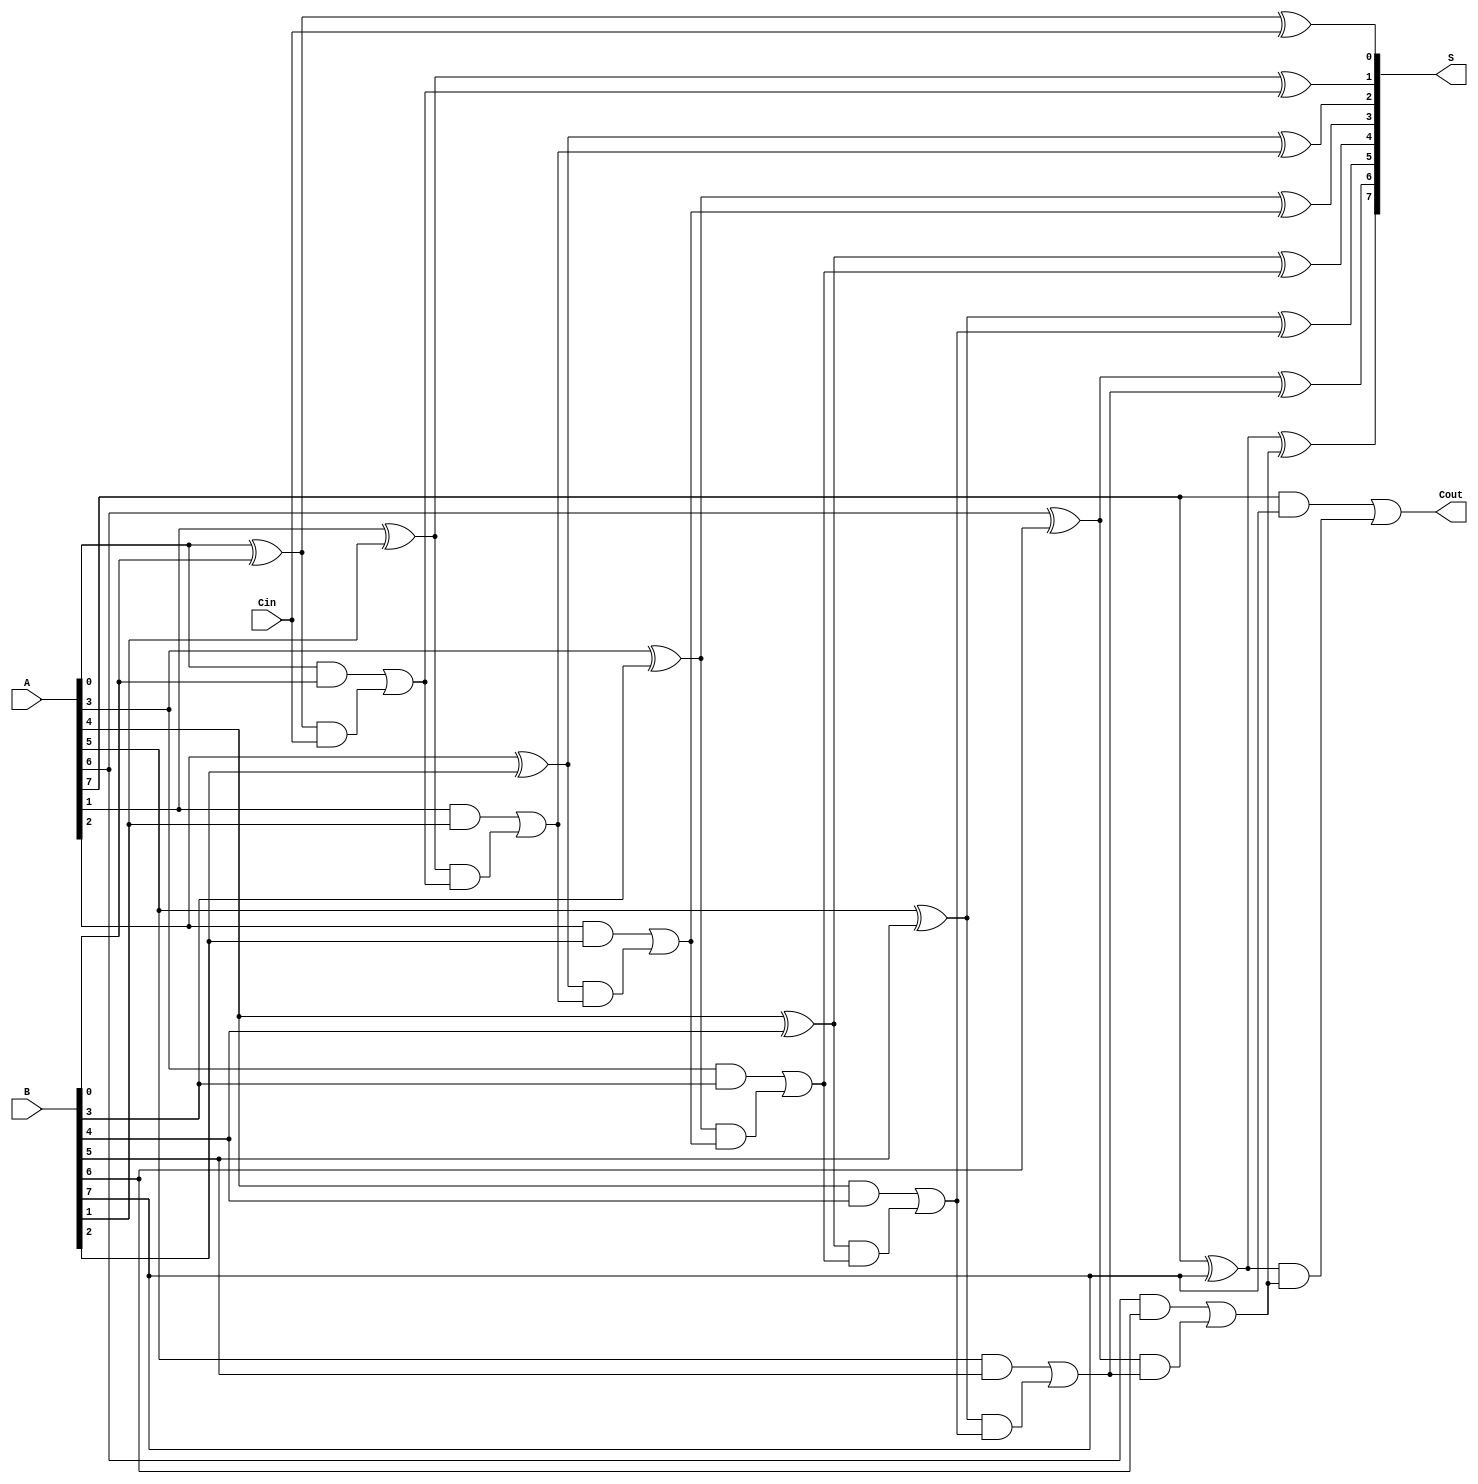
module PrecomputationCarryAdder #(
    parameter N = 8 // Width of the adder
)(
    input  wire [N-1:0] A,   // First operand
    input  wire [N-1:0] B,   // Second operand
    input  wire Cin,          // Carry-in
    output wire [N-1:0] S,    // Sum output
    output wire Cout          // Carry-out
);

    // Internal carry signals
    wire [N:0] C; // Carry signals, C[0] is Cin, C[N] is Cout

    // Generate carry signals
    genvar i;
    generate
        for (i = 0; i < N; i = i + 1) begin : carry_gen
            wire G = A[i] & B[i];      // Generate
            wire P = A[i] ^ B[i];      // Propagate
            
            // Carry propagation: C[i+1] = G[i] + (P[i] & C[i])
            assign C[i + 1] = G | (P & C[i]);
        end
    endgenerate

    // Assign carry-in to C[0]
    assign C[0] = Cin;

    // Sum calculation: S[i] = A[i] ^ B[i] ^ C[i]
    generate
        for (i = 0; i < N; i = i + 1) begin : sum_calc
            assign S[i] = A[i] ^ B[i] ^ C[i];
        end
    endgenerate

    // Carry-out is the last carry signal
    assign Cout = C[N];

endmodule